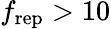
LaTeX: f_{\mathrm{rep}}>10